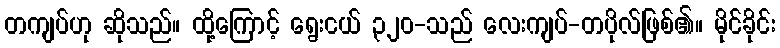
တကျပ်ဟု ဆိုသည်။ ထို့ကြောင့် ရွေးငယ် ၃၂၀-သည် လေးကျပ်-တပိုလ်ဖြစ်၏။ မိုင်ခိုင်း